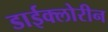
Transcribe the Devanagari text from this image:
डाईक्लोरीन